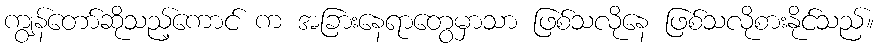
ကျွန်တော်ဆိုသည့်ကောင် က အခြားနေရာတွေမှာသာ ဖြစ်သလိုနေ ဖြစ်သလိုစားနိုင်သည်။